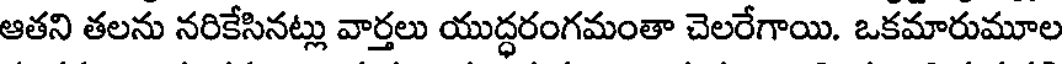
ఆతని తలను నరికేసినట్లు వార్తలు యుద్ధరంగమంతా చెలరేగాయి. ఒకమారుమూల